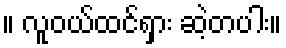
။ လူဝယ်ထင်ရှား ဆဲ့တပါး။